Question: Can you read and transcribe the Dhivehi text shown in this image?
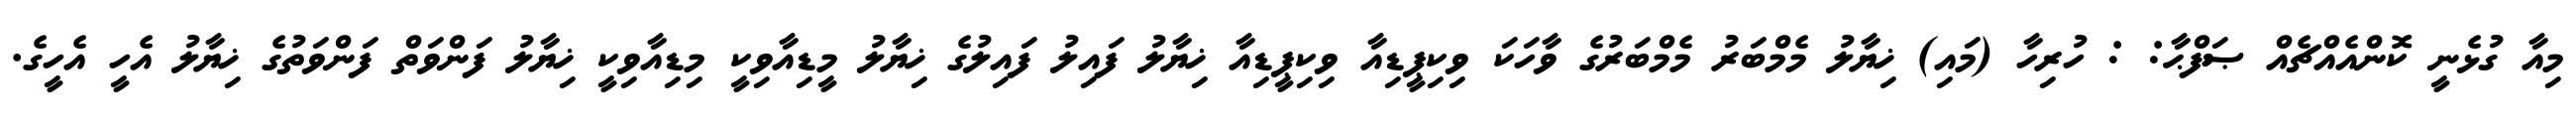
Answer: މިއާ ގުޅެނީ ކޮންއެއްޗެއް ޞަފްޙާ: : ހުރިހާ (މައި) ޚިޔާލު މެމްބަރު މެމްބަރުގެ ވާހަކަ ވިކިޕީޑިއާ ވިކިޕީޑިއާ ޚިޔާލު ފައިލު ފައިލުގެ ޚިޔާލު މީޑިއާވިކީ މިޑިއާވިކީ ޚިޔާލު ފަންވަތް ފަންވަތުގެ ޚިޔާލު އެހީ އެހީގެ.